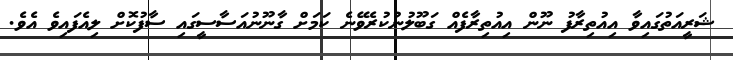
ޝަރީއަތުގައިވާ އިއުތިރާފު ނޫން އިއުތިރާފެއް ގަބޫލުނުކުރެވޭނެ ކަމަށް ގާނޫނުއަސާސީގައި ސާފުކޮށް ލިއެފައިވެ އެވެ.